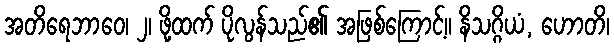
အတိရေဘာဝေ၊ ၂၊ ဖို့ထက် ပိုလွန်သည်၏ အဖြစ်ကြောင့်။ နိသဂ္ဂိယံ, ဟောတိ၊